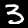
Digit: 3